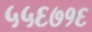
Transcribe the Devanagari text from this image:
५५६७१६